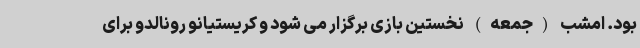
بود. امشب (جمعه) نخستین بازی برگزار می شود و کریستیانو رونالدو برای